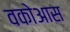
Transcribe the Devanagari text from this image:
वकोआस